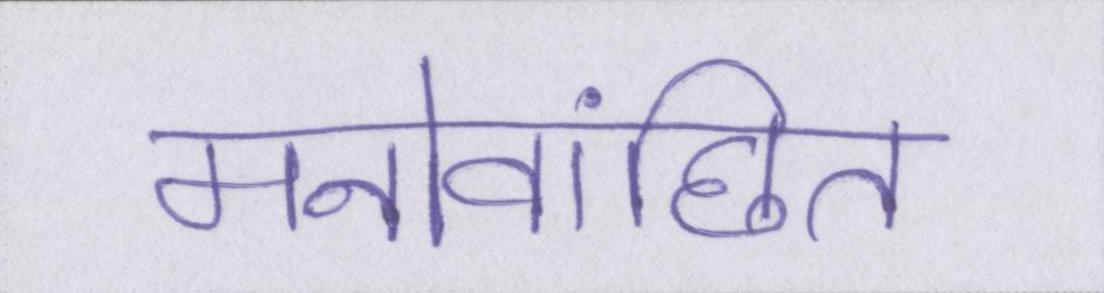
मनोवांछित